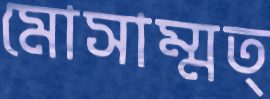
মোসাম্মত্